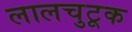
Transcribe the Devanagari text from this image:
लालचुटूक